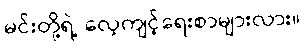
မင်းတို့ရဲ့ လေ့ကျင့်ရေးစာများလား။